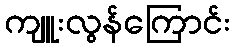
ကျူးလွန်ကြောင်း